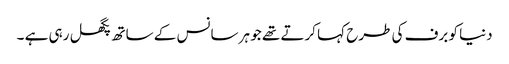
دنیا کو برف کی طرح کہا کرتے تھے جو ہر سانس کے ساتھ پگھل رہی ہے ۔